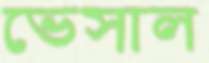
ভেসাল